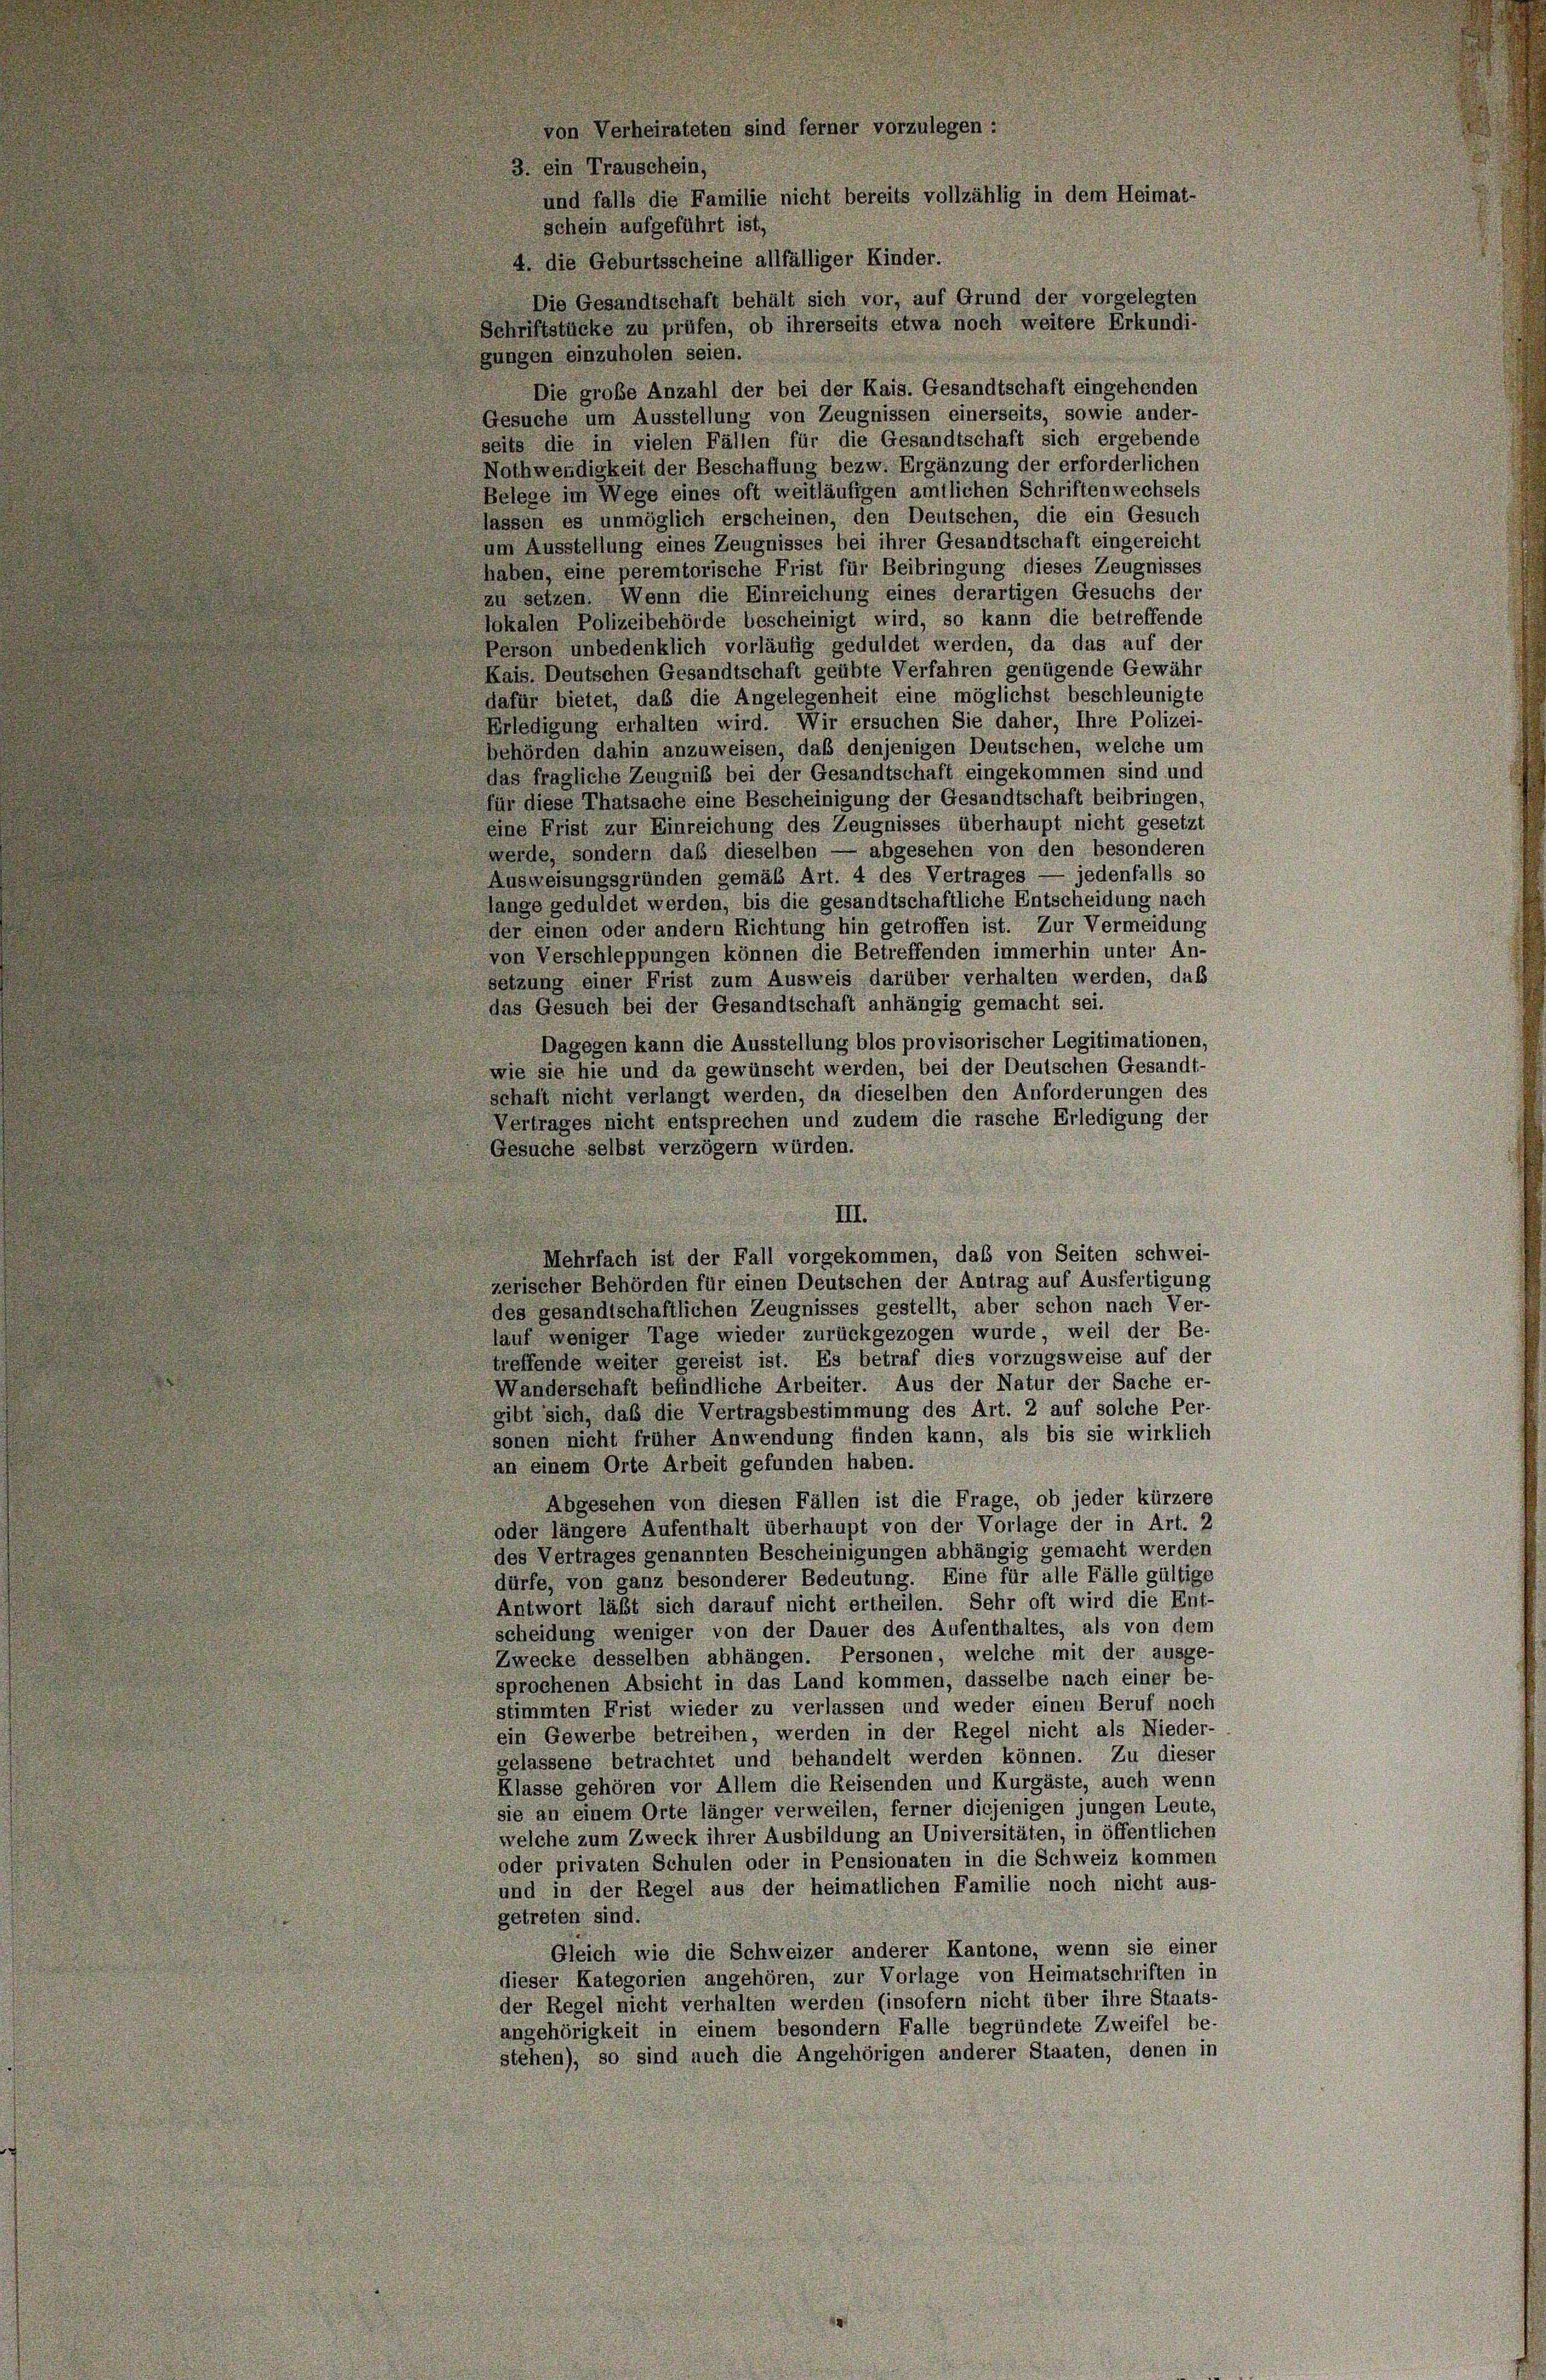
von Verheirateten sind ferner vorzulegen
3. ein Trauschein,
schein aufgeführt ist,
4. die Geburtsscheine allfälliger Kinder.
Schriftstücke zu prüfen, ob ihrerseits etwa noch weitere Erkundi-
gungen einzuholen seien.
Die grobe Anzahl der bei der Kais. Gesandtschaft eingehenden
Gesuche um Ausstellung von Zeugnissen einerseits, sowie ander-
seits die in vielen Fällen für die Gesandtschaft sich ergebende
Nothwendigkeit der Beschaffung bezw. Ergänzung der erforderlichen
Belege im Wege eines oft weitläufigen amtlichen Schriftenwechsels
lassen es unmöglich erscheinen, den Deutschen, die ein Gesuch
um Ausstellung eines Zeugnisses bei ihrer Gesandtschaft eingereicht
haben, eine peremtorische Frist für Beibringung dieses Zeugnisses
zu setzen. Wenn die Einreichung eines derartigen Gesuchs der
lokalen Polizeibehörde bescheinigt wird, so kann die betreffende
Person unbedenklich vorläufig geduldet werden, da das auf der
Kais. Deutschen Gesandtschaft geübte Verfahren genügende Gewähr
dafür bietet, daß die Angelegenheit eine möglichst beschleunigte
Erledigung erhalten wird. Wir ersuchen Sie daher, Ihre Polizei-
behörden dahin anzuweisen, daß denjenigen Deutschen, welche um
das fragliche Zeugniß bei der Gesandtschaft eingekommen sind und
für diese Thatsache eine Bescheinigung der Gesandtschaft beibringen,
eine Frist zur Einreichung des Zeugnisses überhaupt nicht gesetzt
werde, sondern daß dieselben — abgesehen von den besonderen
Ausweisungsgründen gemäß Art. 4 des Vertrages — jedenfalls so
lange geduldet werden, bis die gesandtschaftliche Entscheidung nach
der einen oder andern Richtung hin getroffen ist. Zur Vermeidung
von Verschleppungen können die Betreffenden immerhin unter An-
setzung einer Frist zum Ausweis darüber verhalten werden, daß
das Gesuch bei der Gesandtschaft anhängig gemacht sei.
Dagegen kann die Ausstellung blos provisorischer Legitimationen,
wie sie hie und da gewünscht werden, bei der Deutschen Gesandt-
schaft nicht verlangt werden, da dieselben den Anforderungen des
Vertrages nicht entsprechen und zudem die rasche Erledigung der
Gesuche selbst verzögern würden.
III.
Mehrfach ist der Fall vorgekommen, daß von Seiten schwei-
zerischer Behörden für einen Deutschen der Antrag auf Ausfertigung
des gesandtschaftlichen Zeugnisses gestellt, aber schon nach Ver-
lauf weniger Tage wieder zurückgezogen wurde, weil der Be-
treffende weiter gereist ist. Es betraf dies vorzugsweise auf der
Wanderschaft befindliche Arbeiter. Aus der Natur der Sache er-
gibt sich, daß die Vertragsbestimmung des Art. 2 auf solche Per-
sonen nicht früher Anwendung finden kann, als bis sie wirklich
an einem Orte Arbeit gefunden haben.
Abgesehen von diesen Fällen ist die Frage, ob jeder kürzere
oder längere Aufenthalt überhaupt von der Vorlage der in Art. 2
des Vertrages genannten Bescheinigungen abhängig gemacht werden
dürfe, von ganz besonderer Bedeutung. Eine für alle Fälle gültige
Antwort läßt sich darauf nicht ertheilen. Sehr oft wird die Ent-
scheidung weniger von der Dauer des Aufenthaltes, als von dem
Zwecke desselben abhängen. Personen, welche mit der ausge-
sprochenen Absicht in das Land kommen, dasselbe nach einer be-
stimmten Frist wieder zu verlassen und weder einen Beruf noch
ein Gewerbe betreiben, werden in der Regel nicht als Nieder-
gelassene betrachtet und behandelt werden können. Zu dieser
Klasse gehören vor Allem die Reisenden und Kurgäste, auch wenn
sie an einem Orte länger verweilen, ferner diejenigen jungen Leute,
welche zum Zweck ihrer Ausbildung an Universitäten, in öffentlichen
oder privaten Schulen oder in Pensionaten in die Schweiz kommen
und in der Regel aus der heimatlichen Familie noch nicht aus-
getreten sind.
Gleich wie die Schweizer anderer Kantone, wenn sie einer
dieser Kategorien angehören, zur Vorlage von Heimatschriften in
der Regel nicht verhalten werden (insofern nicht über ihre Staats-
angehörigkeit in einem besondern Falle begründete Zweifel be-
stehen), so sind auch die Angehörigen anderer Staaten, denen in

und falls die Familie nicht bereits vollzählig in dem Heimat-
Die Gesandtschaft behält sich vor, auf Grund der vorgelegten